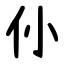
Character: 仦